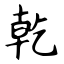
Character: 乾